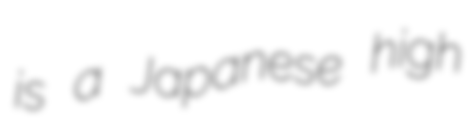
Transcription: is a Japanese high